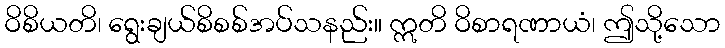
ဝိစိယတိ၊ ရွေးချယ်စိစစ်အပ်သနည်း။ ဣတိ ဝိစာရဏာယံ၊ ဤသို့သော